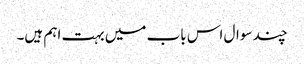
چند سوال اس باب میں بہت اہم ہیں۔